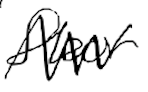
Text: floor
Cross-out: zig-zag
Writing tool: digital_black